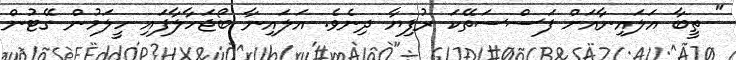
" ތީބާ އަލައިނާއަށް ފަސްސަތޭކަ ރުފިޔާ ދިނެވެ. އަލައިނާ ބޯޖަހާލާފައި ހީލަމުން ގޭޓުން